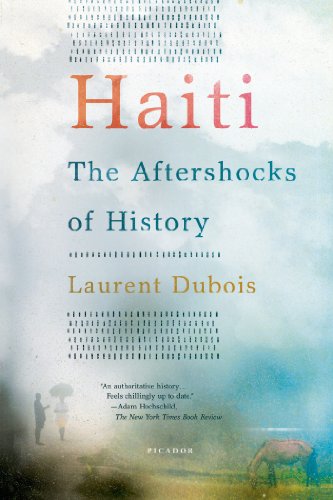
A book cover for Haiti: The Aftershocks of History; Laurent Dubois; History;